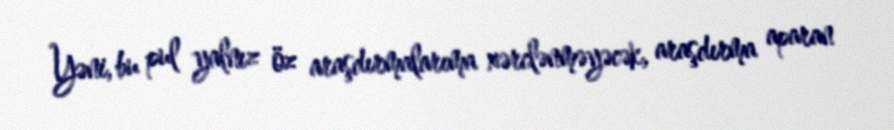
Yəni, bu pul yalnız öz araşdırmalarıma xərclənməyəcək, araşdırma aparan